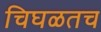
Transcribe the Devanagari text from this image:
चिघळतच